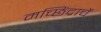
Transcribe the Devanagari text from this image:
मच्छिंद्राचें